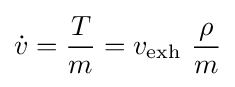
{\dot {v}}={\frac {T}{m}}=v_{\text{exh}}\ {\frac {\rho }{m}}